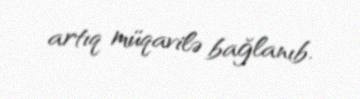
artıq müqavilə bağlanıb.